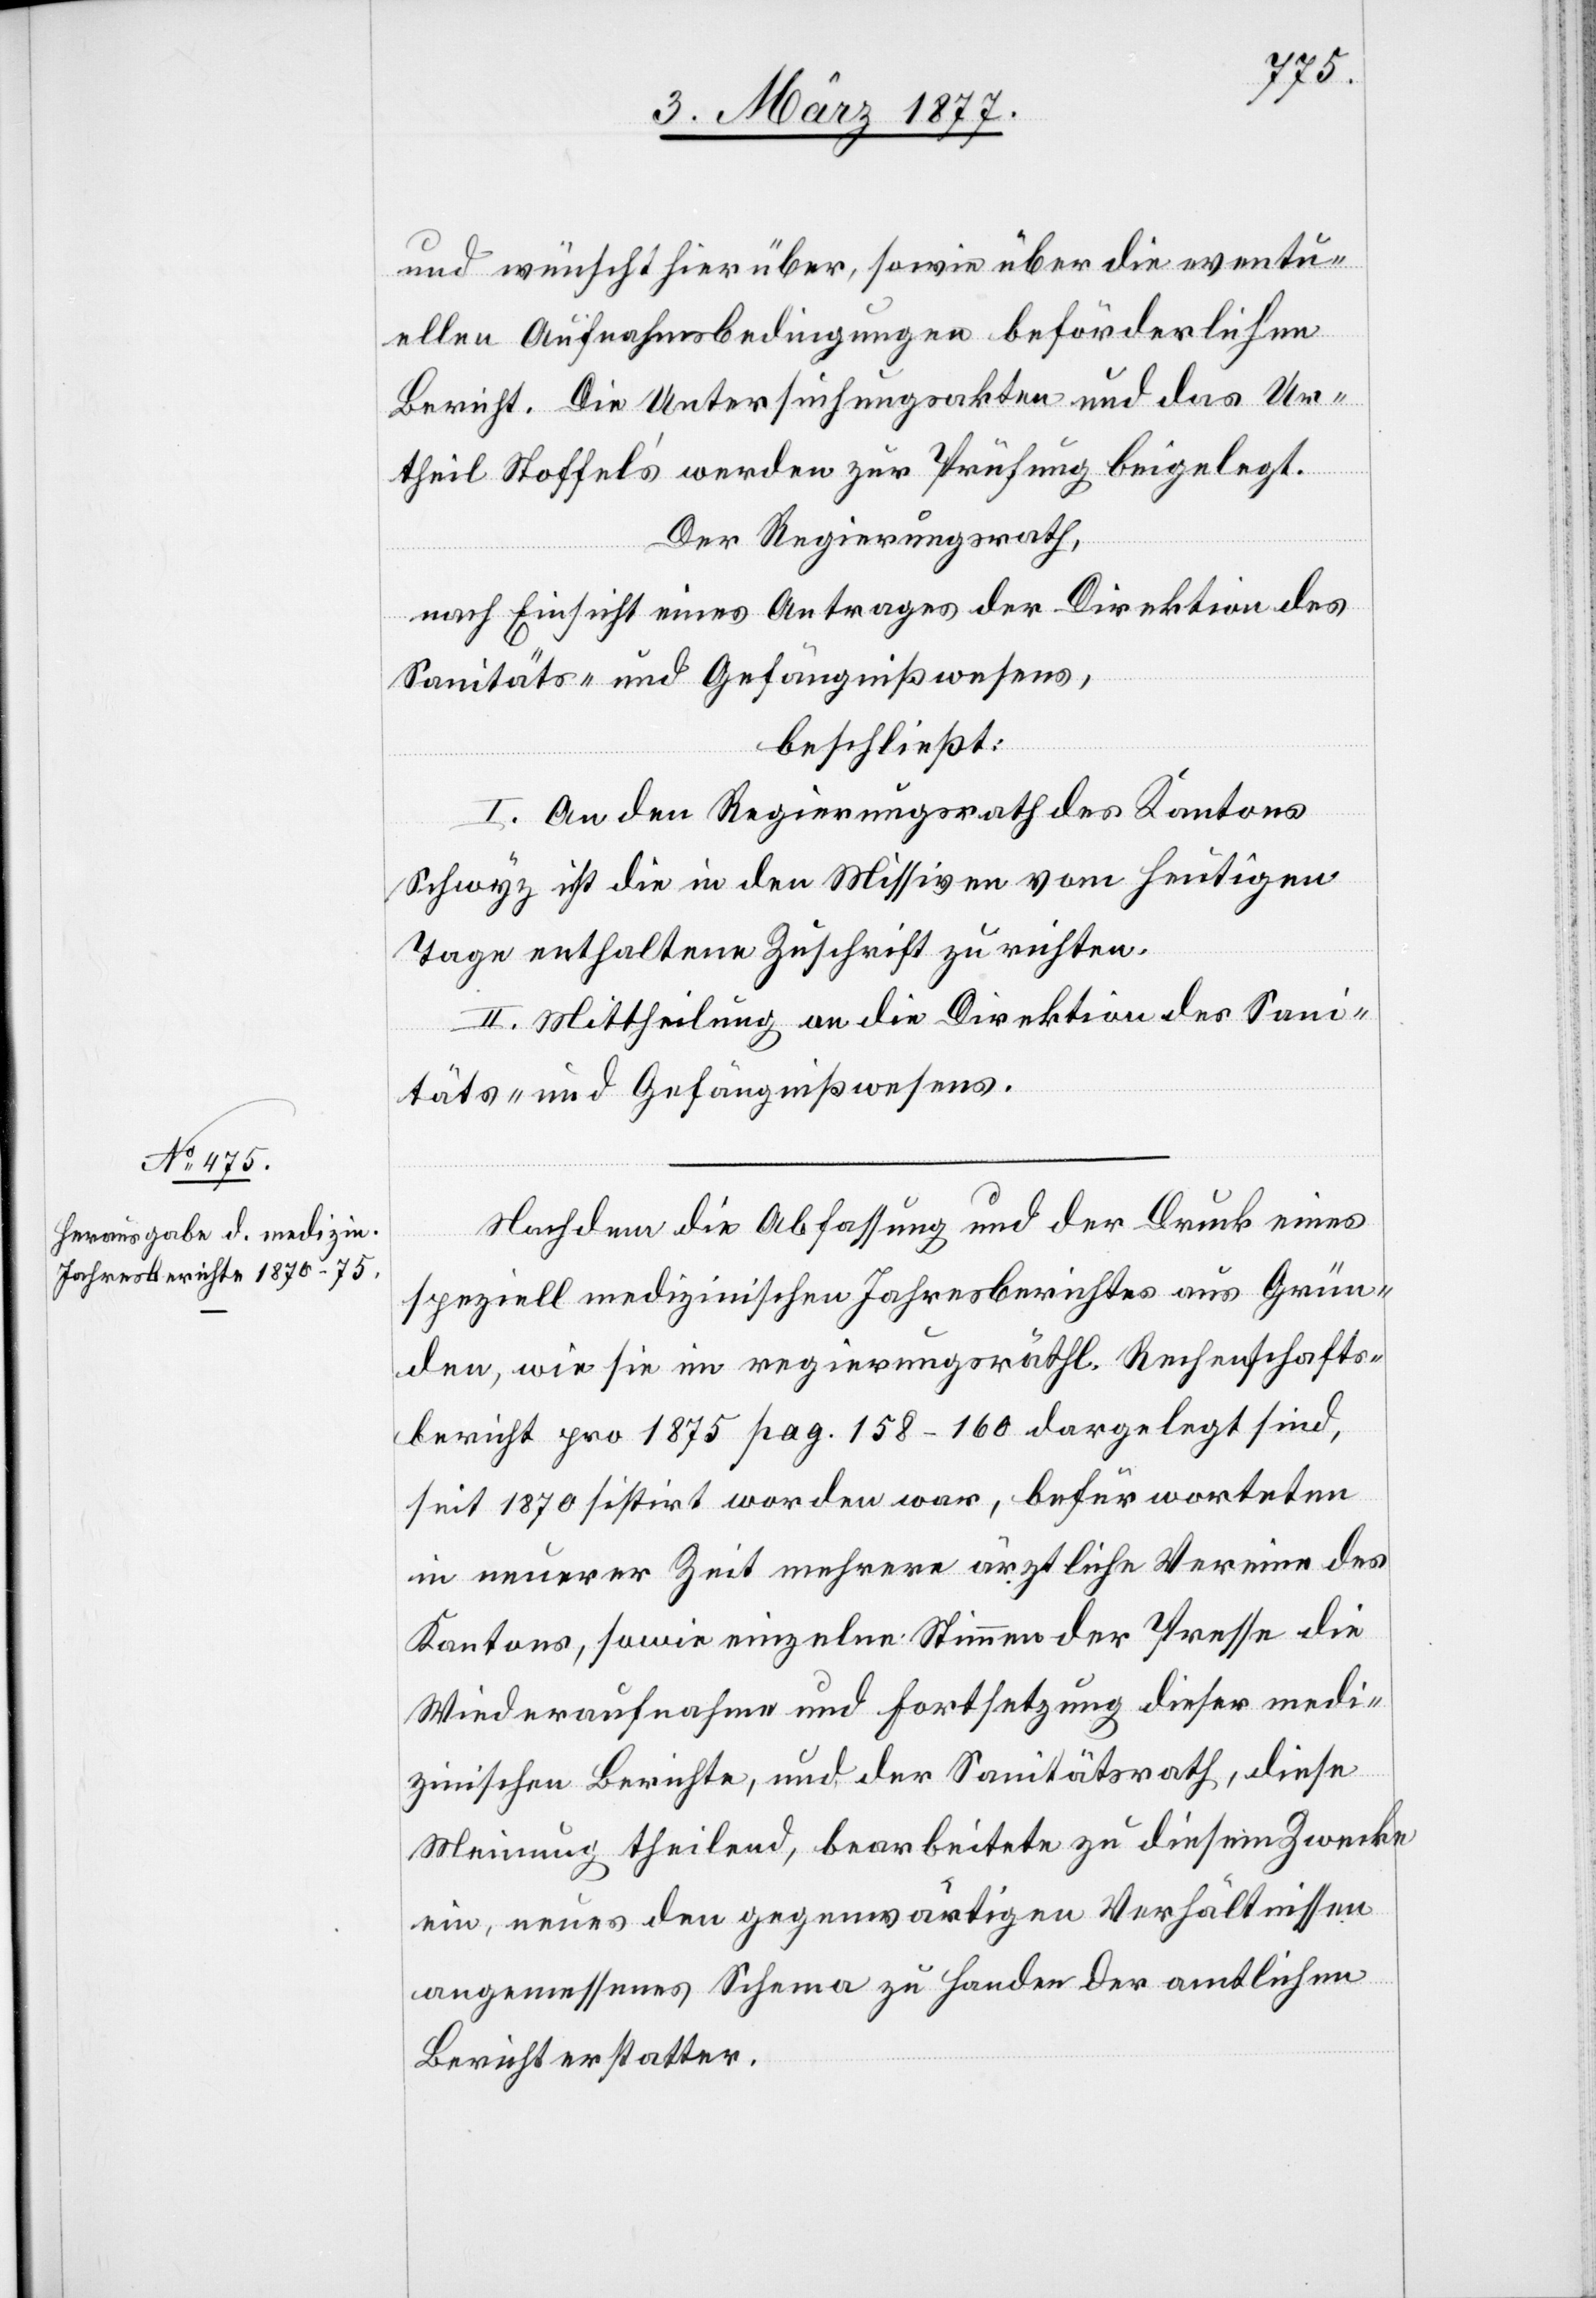
und wünscht hierüber, sowie über die eventu¬
ellen Aufnahmsbedingungen beförderlichen
Bericht. Die Untersuchungsakten und das Ur¬
theil Stoffel’s werden zur Prüfung beigelegt.
Der Regierungsrath,
nach Einsicht eines Antrages der Direktion des
Sanitäts- und Gefängnißwesens,
beschließt:
I. An den Regierungsrath des Kantons
Schwyz ist die in den Missiven vom heutigen
Tage enthaltene Zuschrift zu richten.
II. Mittheilung an die Direktion des Sani¬
täts- und Gefängnißwesens.
Nachdem die Abfassung und der Druck eines
speziell medizinischen Jahresberichtes aus Grün¬
den, wie sie im regierungsräthl. Rechenschafts¬
bericht pro 1875 pag. 158–160 dargelegt sind,
seit 1870 sistirt worden war, befürworteten
in neuerer Zeit mehrere ärztliche Vereine des
Kantons, sowie einzelne Stimmen der Presse die
Wiederaufnahme und Fortsetzung dieser medi¬
zinischen Berichte, und der Sanitätsrath, diese
Meinung theilend, bearbeitete zu diesem Zwecke
ein, neues den gegenwärtigen Verhältnissen
angemessenes Schema zu Handen der amtlichen
Berichterstatter.